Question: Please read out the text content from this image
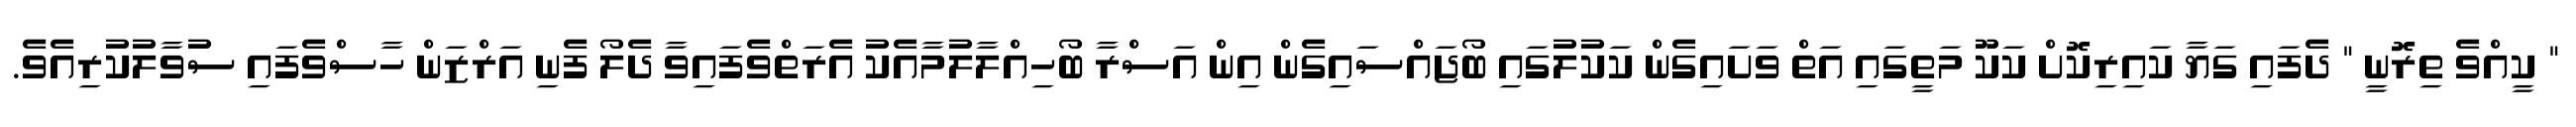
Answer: " ކީއްވެ ތިރޮނީ " ދެފައި ގަޔާ ކައިރިކޮށް ކަކޫ މަތީގައި އަތް ވަށައިގެން ކަކުލުގައި ބޯޖައްސައިގެން އިން އަސްރާ ބޯހިއްލާލުމާއެކު އެރަތްވެފައިވާ ދެލޯ ފެނި އަރްޒަން ހާސްވެފައި ސުވާލުކުރިއެވެ.